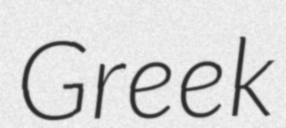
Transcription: Greek